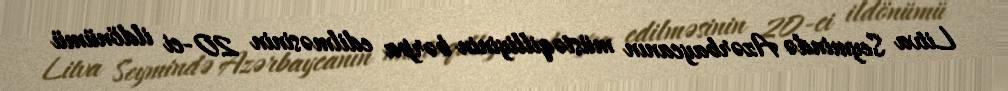
Litva Seymində Azərbaycanın müstəqilliyinin bərpa edilməsinin 20-ci ildönümü